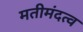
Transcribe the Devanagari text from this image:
मतीमंदत्व